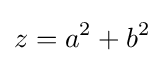
z=a^{2}+b^{2}